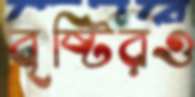
বৃষ্টিরও